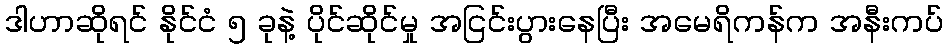
ဒါဟာဆိုရင် နိုင်ငံ ၅ ခုနဲ့ ပိုင်ဆိုင်မှု အငြင်းပွားနေပြီး အမေရိကန်က အနီးကပ်